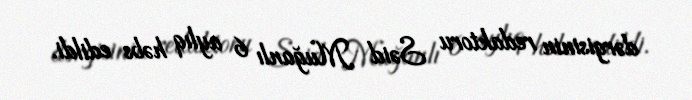
dərgisinin redaktoru Səid Muğanlı 6 aylıq həbs edildi.